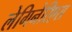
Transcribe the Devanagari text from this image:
लेगिनेरिएस